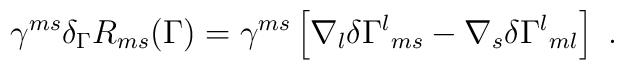
\gamma^{ms}\delta_\Gamma R_{ms}(\Gamma)=\gamma^{ms}\left[\nabla_l\delta\Gamma^l{}_{ms}-\nabla_s \delta\Gamma^l{}_{ml}\right]\ .